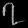
Digit: ၇